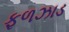
ફળઝાડ